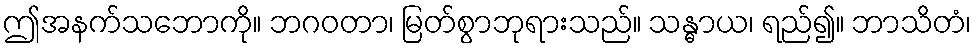
ဤအနက်သဘောကို။ ဘဂဝတာ၊ မြတ်စွာဘုရားသည်။ သန္ဓာယ၊ ရည်၍။ ဘာသိတံ၊